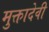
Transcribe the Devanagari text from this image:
मुक्तादेवी